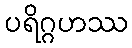
ပရိဂ္ဂဟဿ